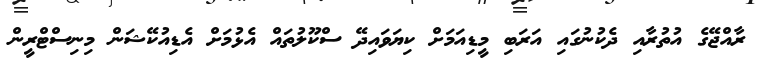
ރާއްޖޭގެ އުތުރާއި ދެކުނުގައި އަރަބި މީޑިއަމަށް ކިޔަވައިދޭ ސްކޫލުތައް އެޅުމަށް އެޑިއުކޭޝަން މިނިސްޓްރީން